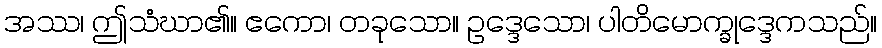
အဿ၊ ဤသံဃာ၏။ ဧကော၊ တခုသော။ ဥဒ္ဒေသော၊ ပါတိမောက္ခုဒ္ဒေကသည်။